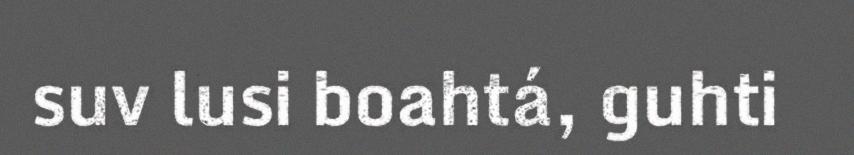
suv lusi boahtá, guhti